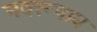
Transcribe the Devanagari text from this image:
नवरूपाय